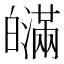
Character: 𤾯